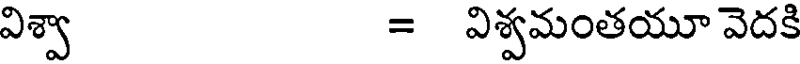
విశ్వా = విశ్వమంతయూ వెదకి